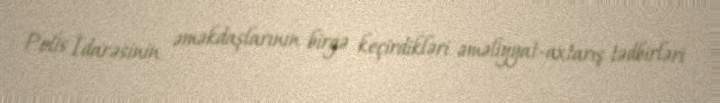
Polis İdarəsinin əməkdaşlarının birgə keçirdikləri əməliyyat-axtarış tədbirləri